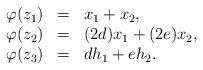
LaTeX: \begin{align*}\begin{array}{llllll}\varphi(z_1) &=& x_1+x_2,\\\varphi(z_2) &=& (2d)x_1+(2e)x_2,\\\varphi(z_3) &=& d h_1+eh_2.\end{array}\end{align*}